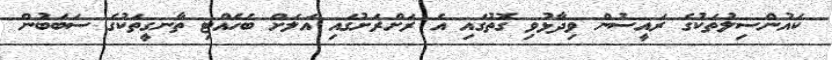
ކައުންސިލުތަކުގެ ރައީސުން ވިދާޅުވި ގޮތުގައި އެ ރަށްރަށުގައި އަލަށް ބެހެއްޓި ތާނގީތަކުގެ ސަބަބުން